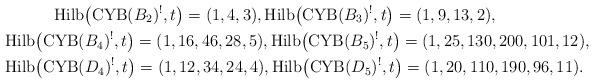
LaTeX: \begin{gather*}{\rm Hilb}\big({\rm CYB}(B_2)^{!},t\big)=(1,4,3), {\rm Hilb}\big({\rm CYB}(B_3)^{!},t\big)=(1,9,13,2), \\{\rm Hilb}\big({\rm CYB}(B_4)^{!},t\big)=(1,16,46,28,5), {\rm Hilb}\big({\rm CYB}(B_5)^{!},t\big)=(1,25,130,200,101,12),\\{\rm Hilb}\big({\rm CYB}(D_4)^{!},t\big)=(1,12,34,24,4), {\rm Hilb}\big({\rm CYB}(D_5)^{!},t\big)=(1,20,110,190,96,11).\end{gather*}